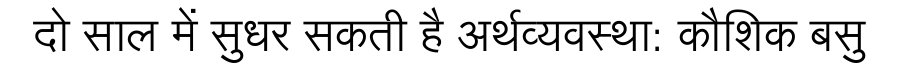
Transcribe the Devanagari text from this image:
दो साल में सुधर सकती है अर्थव्यवस्था: कौशिक बसु